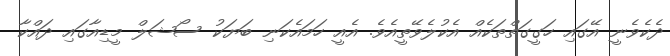
ދެކެވެނީ އޭގައި ހަގީގަތްތަކެއް އެކުލެވޭތީއެވެ. އެއީ ހަމައެކަނި ބަޔަކު ސޯޝަލް މީޑިއާގައި ދައްކާ